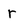
Character: r